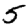
Digit: 5